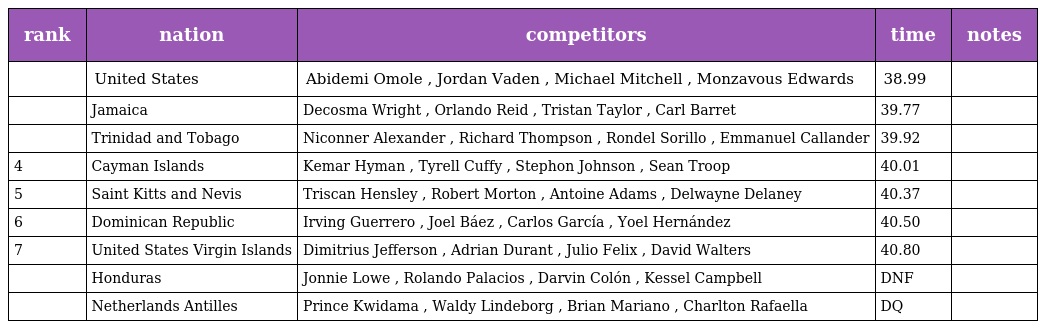
| rank | nation | competitors | time | notes |
 | --- | --- | --- | --- | --- |
 |  | United States | Abidemi Omole , Jordan Vaden , Michael Mitchell , Monzavous Edwards | 38.99 |  |
 |  | Jamaica | Decosma Wright , Orlando Reid , Tristan Taylor , Carl Barret | 39.77 |  |
 |  | Trinidad and Tobago | Niconner Alexander , Richard Thompson , Rondel Sorillo , Emmanuel Callander | 39.92 |  |
 | 4 | Cayman Islands | Kemar Hyman , Tyrell Cuffy , Stephon Johnson , Sean Troop | 40.01 |  |
 | 5 | Saint Kitts and Nevis | Triscan Hensley , Robert Morton , Antoine Adams , Delwayne Delaney | 40.37 |  |
 | 6 | Dominican Republic | Irving Guerrero , Joel Báez , Carlos García , Yoel Hernández | 40.50 |  |
 | 7 | United States Virgin Islands | Dimitrius Jefferson , Adrian Durant , Julio Felix , David Walters | 40.80 |  |
 |  | Honduras | Jonnie Lowe , Rolando Palacios , Darvin Colón , Kessel Campbell | DNF |  |
 |  | Netherlands Antilles | Prince Kwidama , Waldy Lindeborg , Brian Mariano , Charlton Rafaella | DQ |  |